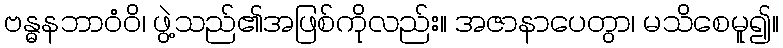
ဗန္ဓနဘာဝံဝိ၊ ဖွဲ့သည်၏အဖြစ်ကိုလည်း။ အဇာနာပေတွာ၊ မသိစေမူ၍။